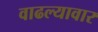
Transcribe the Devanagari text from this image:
वाढल्यावार